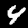
Label: 4